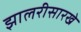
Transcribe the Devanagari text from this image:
झालरीसारखे